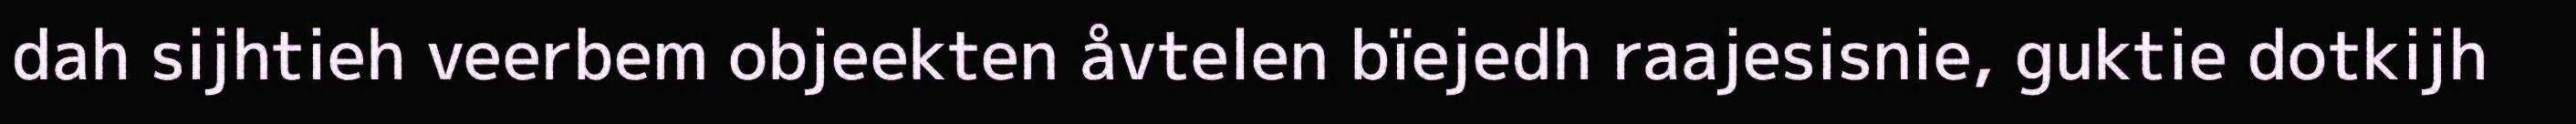
dah sijhtieh veerbem objeekten åvtelen bïejedh raajesisnie, guktie dotkijh